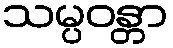
သမ္ပဝန္တာ